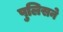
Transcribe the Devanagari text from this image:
पुलिसने